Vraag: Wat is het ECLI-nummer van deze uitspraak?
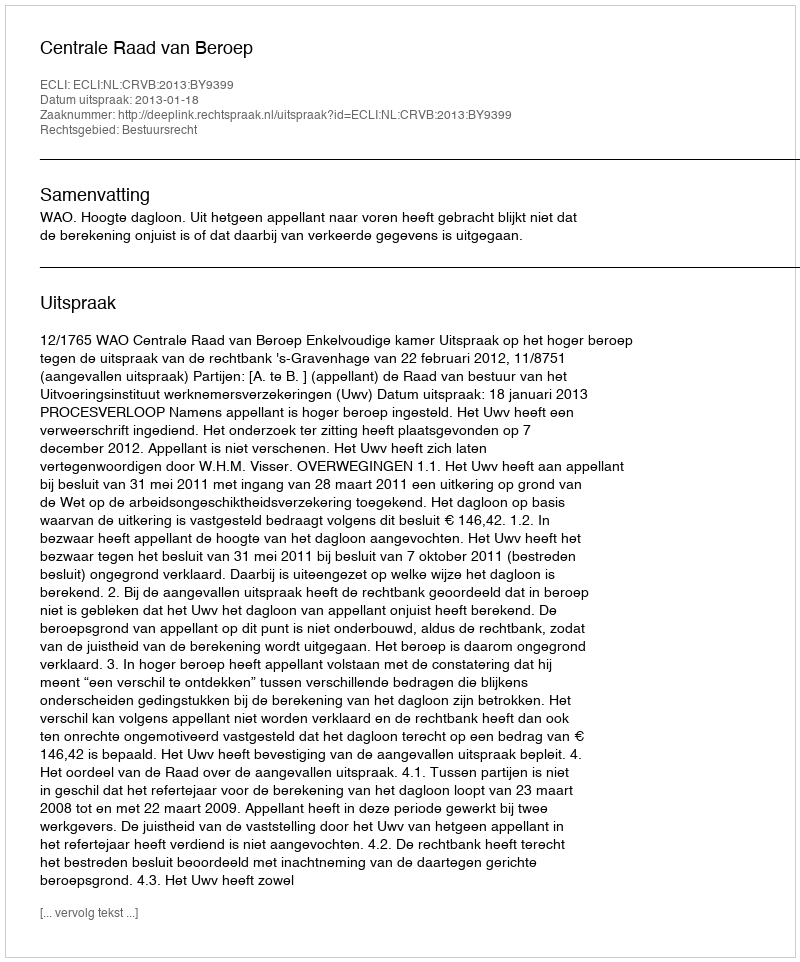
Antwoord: ECLI:NL:CRVB:2013:BY9399